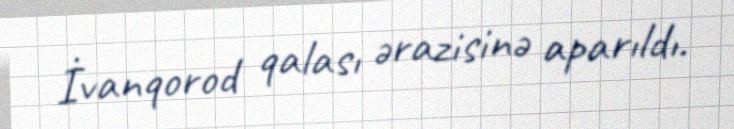
İvanqorod qalası ərazisinə aparıldı.